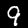
Digit: 9